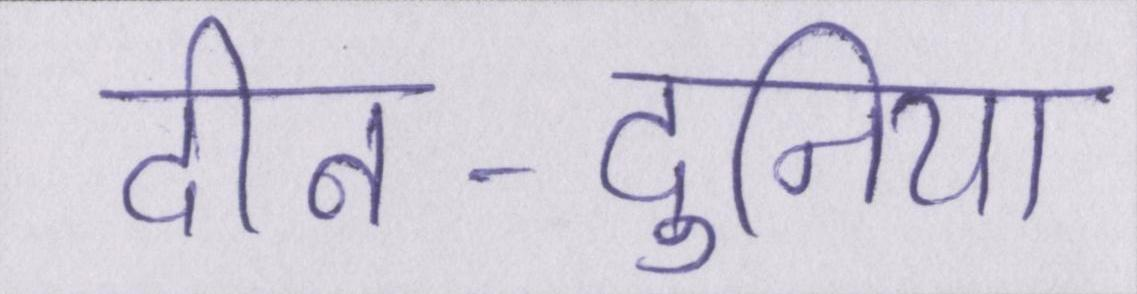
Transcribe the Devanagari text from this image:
दीन-दुनिया